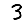
Digit: 3